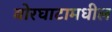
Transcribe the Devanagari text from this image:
बोरघाटामधील